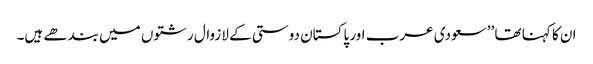
ان کا کہنا تھا ’’سعودی عرب اور پاکستان دوستی کے لازوال رشتوں میں بندھے ہیں۔